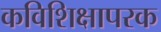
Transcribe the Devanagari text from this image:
कविशिक्षापरक